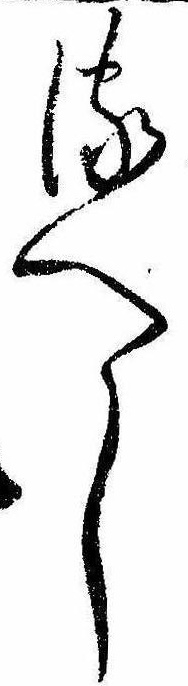
るへし